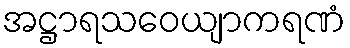
အဋ္ဌာရသဝေယျာကရဏံ